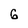
Character: 6